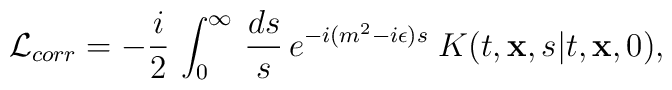
{\cal L}_{corr}= - {i \over 2}\, \int_{0}^{\infty}\, {ds \over s}\,e^{-i(m^2-i\epsilon)s}\;K(t, {\bf x}, s\vert t, {\bf  x}, 0),